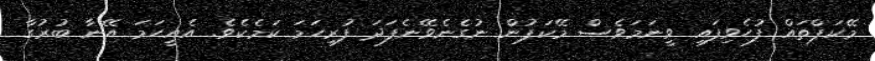
މޭކަޕްތައް ފުހެވިފައި ވީނަމަވެސް މޭކަޕުން ނުގެނެވޭނެފަދަ ފުރިހަމަ ކަމެކެވެ. އެއީހަމަ އޭނާ ބުރުގާ